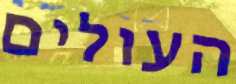
העולים